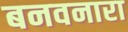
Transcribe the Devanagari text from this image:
बनवनारा